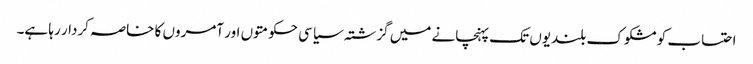
احتساب کو مشکوک بلندیوں تک پہنچانے میں گزشتہ سیاسی حکومتوں اور آمروں کا خاصہ کردار رہا ہے۔